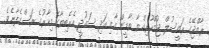
ރާއްޖޭގެ ރައީސުލް ޖުމްހޫރިއްޔާ ޔާމީން އާއި އަދި ސައުދީ އެރެބިޔާގެ މިހާރުގެ ރަސްގެފާނެެވެ.